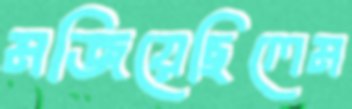
মজিয়েছিলেম